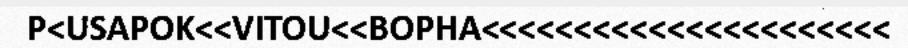
P<USAPOK<<VITOU<<BOPHA<<<<<<<<<<<<<<<<<<<<<<